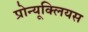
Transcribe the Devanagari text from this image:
प्रोन्यूक्लियस